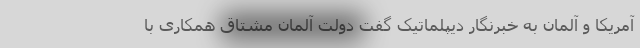
آمریکا و آلمان به خبرنگار دیپلماتیک گفت دولت آلمان مشتاق همکاری با